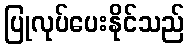
ပြုလုပ်ပေးနိုင်သည်